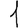
Digit: 1